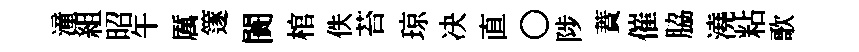
潼組昭午厲篴闠棺佚苔琼决直〇陟蕡催脇澆粘歌